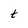
Character: t